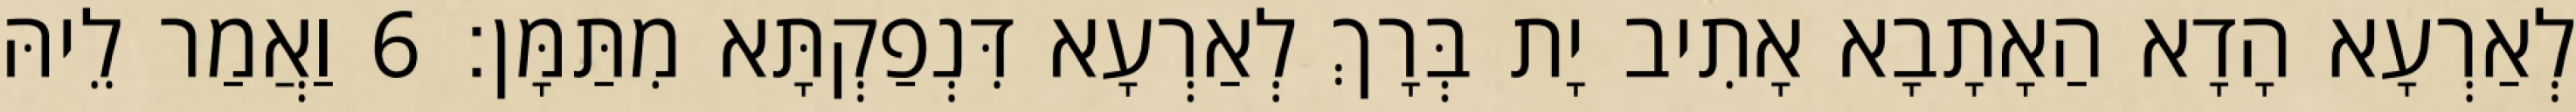
לְאַרְעָא הָדָא הַאָתָבָא אָתִיב יָת בְּרָךְ לְאַרְעָא דִּנְפַקְתָּא מִתַּמָּן׃ 6 וַאֲמַר לֵיהּ